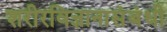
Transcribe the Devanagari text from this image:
शरीरविज्ञानासंबंधी